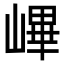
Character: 𡻞